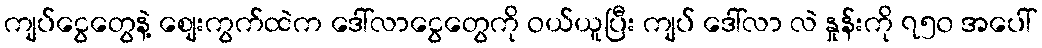
ကျပ်ငွေတွေနဲ့ စျေးကွက်ထဲက ဒေါ်လာငွေတွေကို ဝယ်ယူပြီး ကျပ် ဒေါ်လာ လဲ နှုန်းကို ၇၅၀ အပေါ်